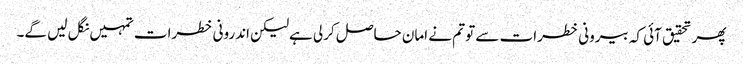
پھر تحقیق آئی کہ بیرونی خطرات سے تو تم نے امان حاصل کرلی ہےلیکن اندرونی خطرات تمہیں نگل لیں گے۔